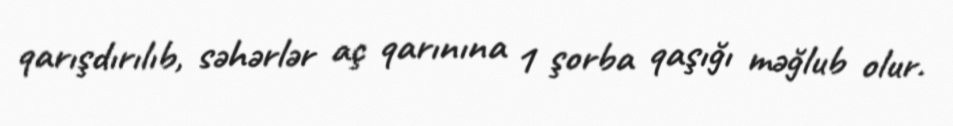
qarışdırılıb, səhərlər aç qarınına 1 şorba qaşığı məğlub olur.